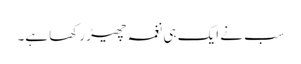
سب نے ایک ہی نغمہ چھیڑ رکھا ہے۔